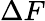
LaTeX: \Delta F